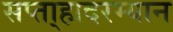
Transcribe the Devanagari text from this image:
सप्ता्हादरम्यान